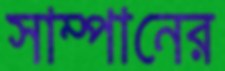
সাম্পানের